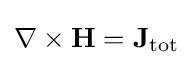
\nabla \times \mathbf {H} =\mathbf {J} _{\rm {tot}}